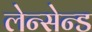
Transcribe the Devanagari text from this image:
लेन्सेन्ड